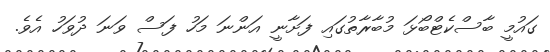
ގައުމީ ބާސްކެޓްބޯޅަ މުބާރާތުގައި ފަށާނީ އަންނަ މަހު ފަސް ވަނަ ދުވަހު އެވެ.